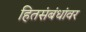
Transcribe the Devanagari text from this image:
हितसंबंधांवर